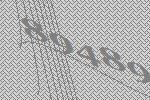
89489